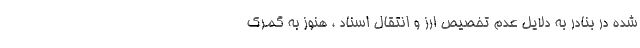
شده در بنادر به دلایل عدم تخصیص ارز و انتقال اسناد ، هنوز به گمرک